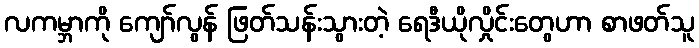
လကမ္ဘာကို ကျော်လွန် ဖြတ်သန်းသွားတဲ့ ရေဒီယိုလှိုင်းတွေဟာ စာဖတ်သူ